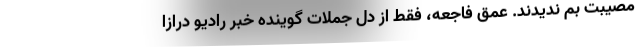
مصيبت بم نديدند. عمق فاجعه، فقط از دل جملات گوينده خبر راديو درازا